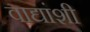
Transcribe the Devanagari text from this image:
वाद्यांशी